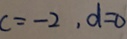
c = - 2 , d = 0